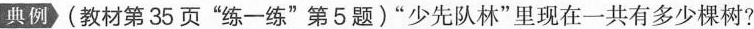
典例(教材第35页”练一练”第5题)”少先队林”里现在一共有多少棵树?